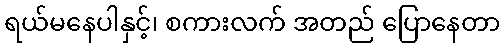
ရယ်မနေပါနှင့်၊ စကားလက် အတည် ပြောနေတာ